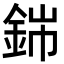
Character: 銟